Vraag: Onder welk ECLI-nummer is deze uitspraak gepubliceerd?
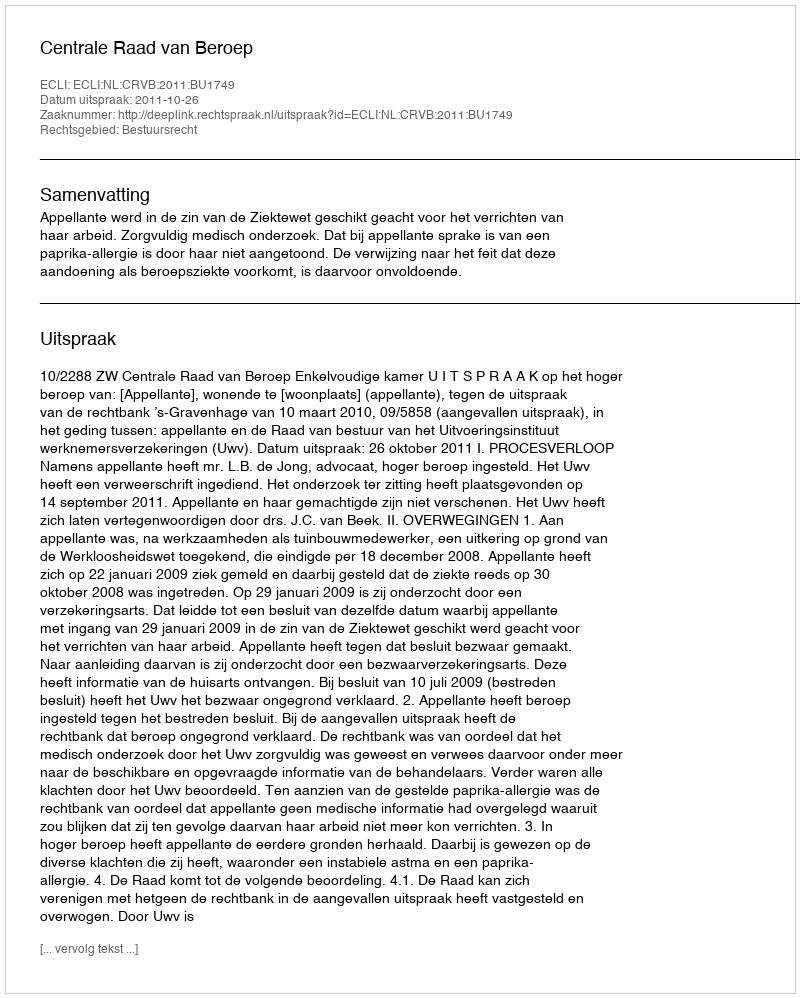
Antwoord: ECLI:NL:CRVB:2011:BU1749